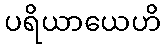
ပရိယာယေဟိ